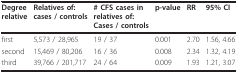
| Degreerelative | Relatives of:cases / controls | # CFS cases inrelatives of:Cases / controls | p-value | RR | 95% CI |
 | --- | --- | --- | --- | --- | --- |
 | first | 5,573 / 28,965 | 19 / 37 | 0.001 | 2.70 | 1.56, 4.66 |
 | second | 15,469 / 80,206 | 16 / 36 | 0.008 | 2.34 | 1.32, 4.19 |
 | third | 39,766 / 201,717 | 24 / 64 | 0.009 | 1.93 | 1.21, 3.07 |